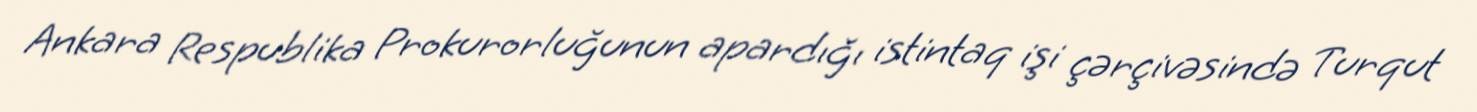
Ankara Respublika Prokurorluğunun apardığı istintaq işi çərçivəsində Turqut